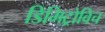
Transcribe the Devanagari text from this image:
डिमिट्रोविच